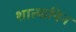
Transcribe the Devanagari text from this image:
शात्यायिन